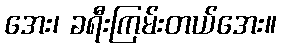
အေး၊ ခရီးကြမ်းတယ်အေး။